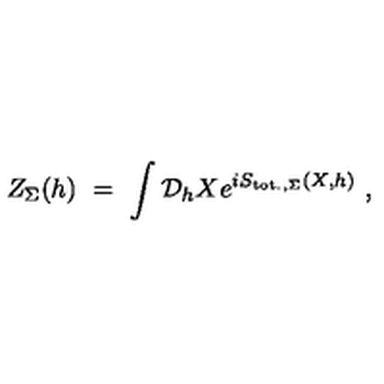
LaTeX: Z _ { \Sigma } ( h ) \ = \ \int { \mathcal D } _ { h } X e ^ { i S _ { \mathrm { t o t . , } \Sigma } ( X , h ) } \ ,